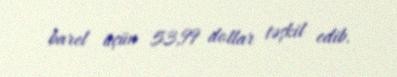
barel üçün 53,99 dollar təşkil edib.